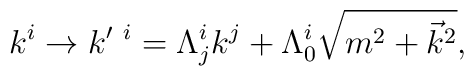
k^i \rightarrow k^{\prime\ i} = \Lambda^i_j k^j + \Lambda^i_0\sqrt{m^2+{\vec k}^2},